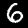
Digit: 6